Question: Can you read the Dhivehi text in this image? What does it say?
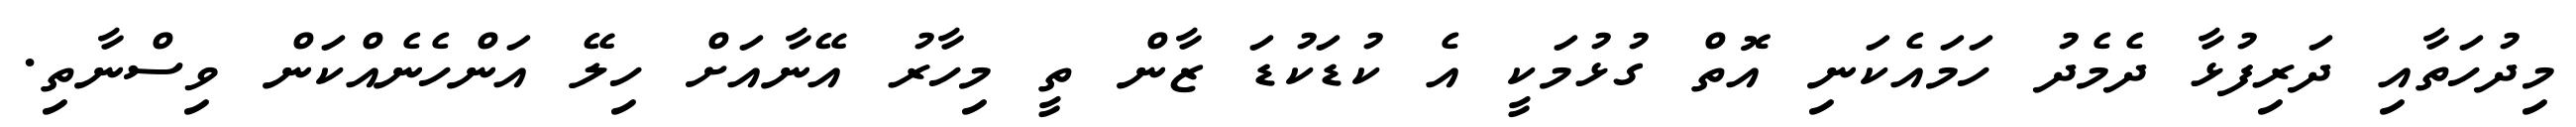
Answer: މިދުހަތާއި ދަރިފުޅާ ދެމެދު ހަމައެކަނި އޮތް ގުޅުމަކީ އެ ކުޑަކުޑަ ޒާން ތީ މިހާރު އޭނާއަށް ހިލޭ އަންހެނެއްކަން ވިސްނާތި.